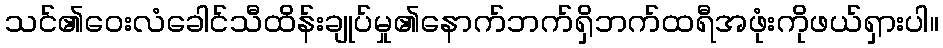
သင်၏ဝေးလံခေါင်သီထိန်းချုပ်မှု၏နောက်ဘက်ရှိဘက်ထရီအဖုံးကိုဖယ်ရှားပါ။